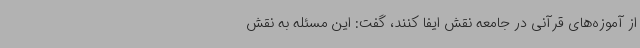
از آموزه‌های قرآنی در جامعه نقش ایفا کنند، گفت: این مسئله به نقش